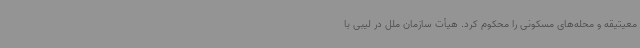
معیتیقه و محله‌های مسکونی را محکوم کرد. هیأت سازمان ملل در لیبی با